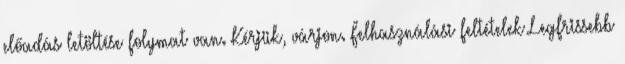
előadás letöltése folymat van. Kérjük, várjon. Felhasználási feltételek Legfrissebb